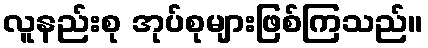
လူနည်းစု အုပ်စုများဖြစ်ကြသည်။